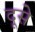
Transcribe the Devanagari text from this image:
दूसे